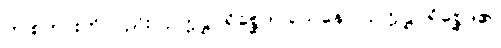
ဤစကားကိုလည်း။ ဥက္ကဋ္ဌပရိစ္ဆေဒဝသေနေဝ၊ ဥက္ကဋ္ဌပရိစ္ဆေဒ၏